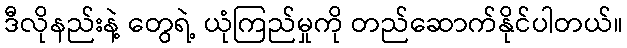
ဒီလိုနည်းနဲ့ တွေရဲ့ ယုံကြည်မှုကို တည်ဆောက်နိုင်ပါတယ်။